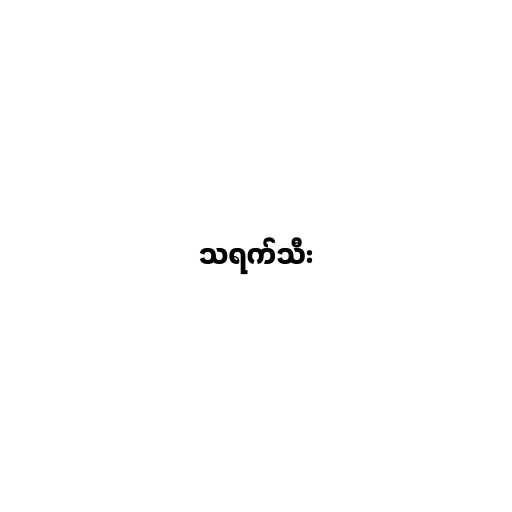
သရက်သီး